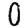
Digit: 0